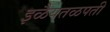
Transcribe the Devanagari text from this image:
इळैयतळपती